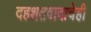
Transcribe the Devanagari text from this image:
दहशतवादाचेही